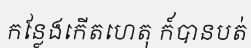
កន្លែងកើតហេតុ ក៍បានបត់